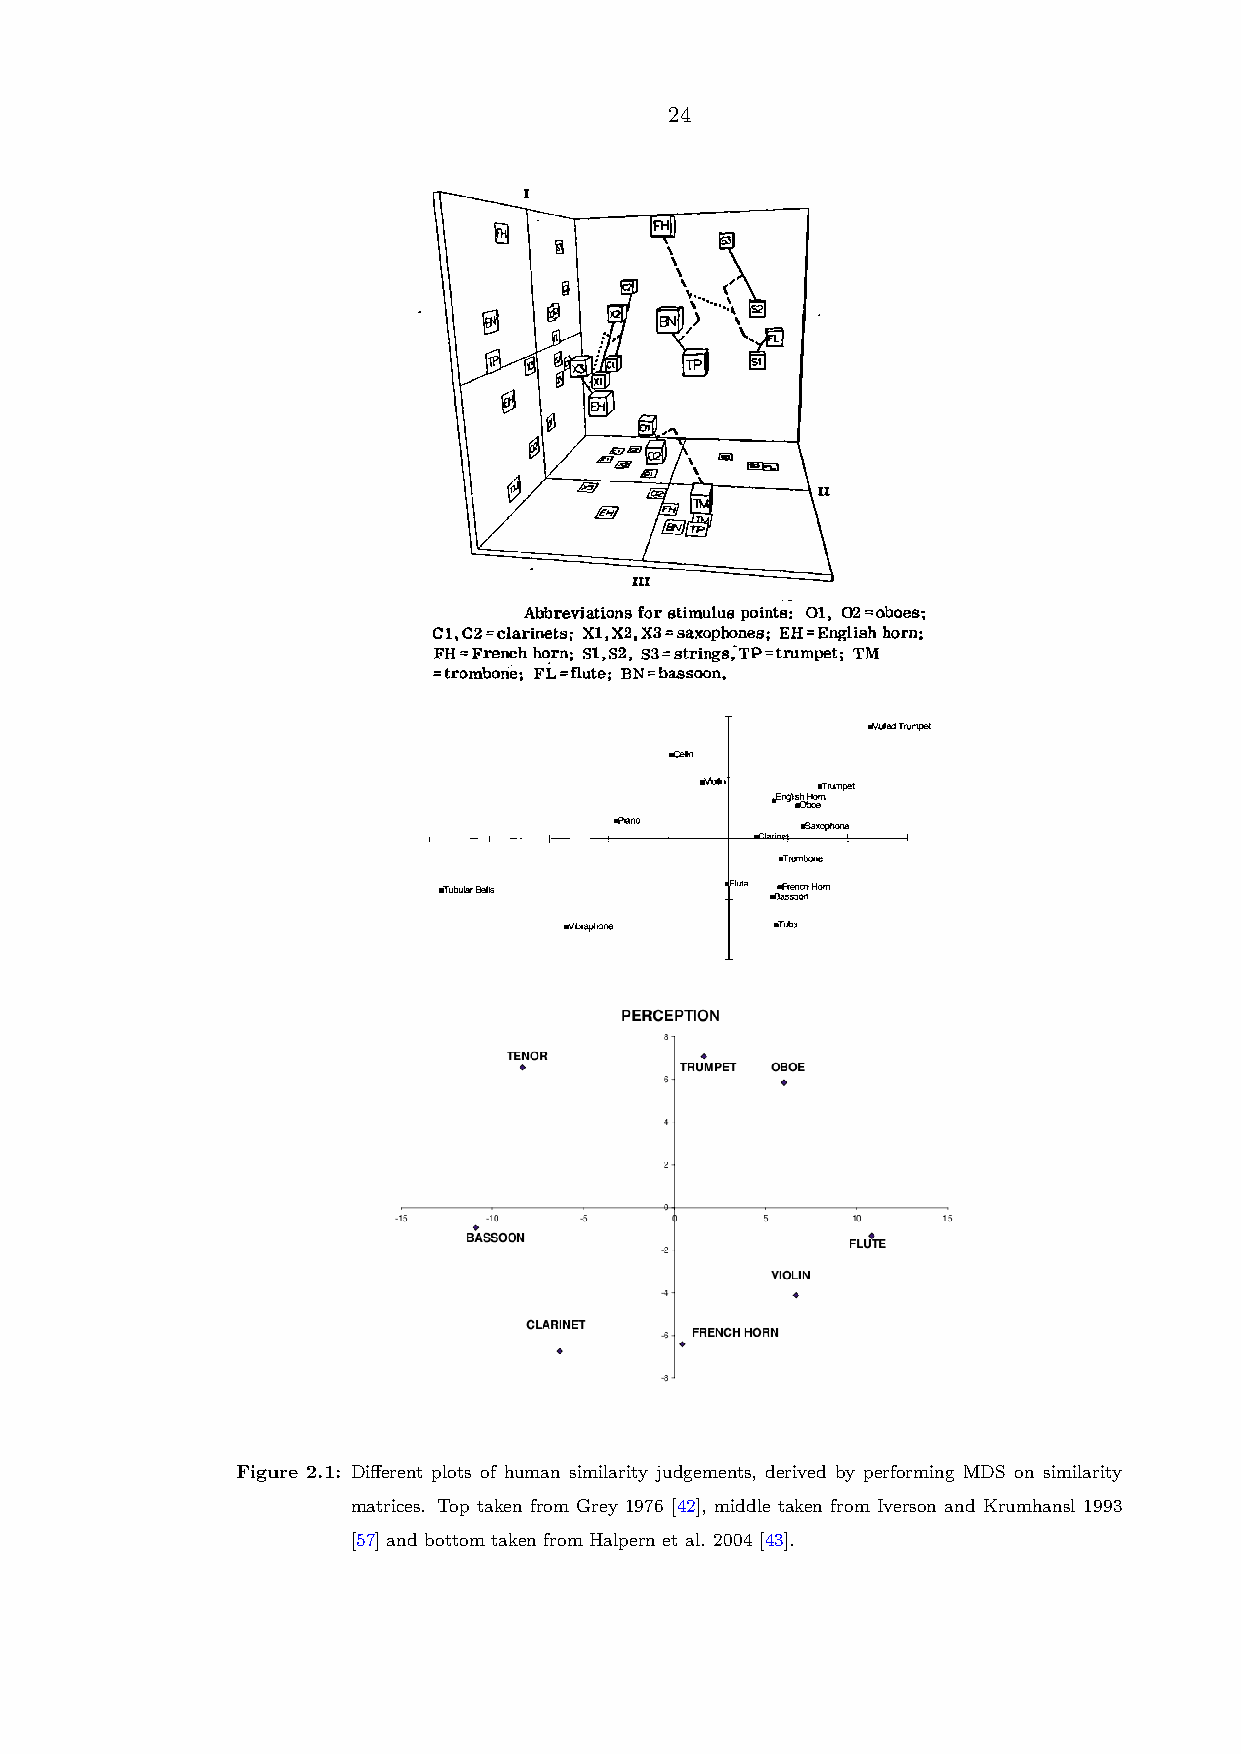
24
 Figure 2.1: Different plots of human similarity judgements, derived by performing MDS on similarity
 matrices. Top taken from Grey 1976 [42], middle taken from Iverson and Krumhansl 1993
 [57] and bottom taken from Halpern et al. 2004 [43].